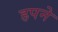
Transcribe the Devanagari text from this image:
हपने